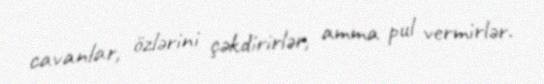
cavanlar, özlərini çəkdirirlər, amma pul vermirlər.